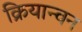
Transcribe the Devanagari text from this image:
क्रियान्‍वन